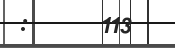
:      113